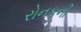
રોનકની